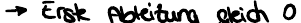
-> Erste Ableitung gleich 0